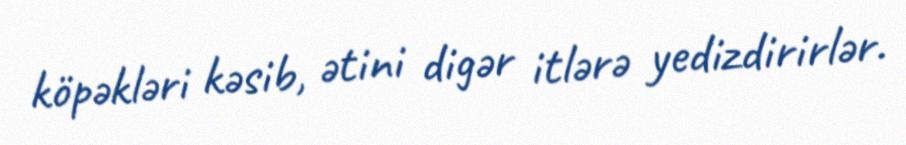
köpəkləri kəsib, ətini digər itlərə yedizdirirlər.